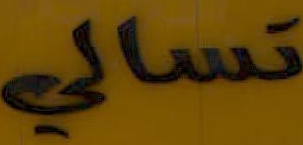
تسالي